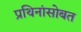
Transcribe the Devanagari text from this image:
प्रथिनांसोबत